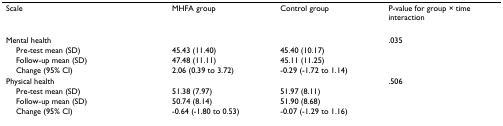
<table><thead><tr><td><b>Scale</b></td><td><b>MHFA group</b></td><td><b>Control group</b></td><td><b>P-value for group × time interaction</b></td></tr></thead><tbody><tr><td>Mental health</td><td></td><td></td><td>.035</td></tr><tr><td> Pre-test mean (SD)</td><td>45.43 (11.40)</td><td>45.40 (10.17)</td><td></td></tr><tr><td> Follow-up mean (SD)</td><td>47.48 (11.11)</td><td>45.11 (11.25)</td><td></td></tr><tr><td> Change (95% CI)</td><td>2.06 (0.39 to 3.72)</td><td>-0.29 (-1.72 to 1.14)</td><td></td></tr><tr><td>Physical health</td><td></td><td></td><td>.506</td></tr><tr><td> Pre-test mean (SD)</td><td>51.38 (7.97)</td><td>51.97 (8.11)</td><td></td></tr><tr><td> Follow-up mean (SD)</td><td>50.74 (8.14)</td><td>51.90 (8.68)</td><td></td></tr><tr><td> Change (95% CI)</td><td>-0.64 (-1.80 to 0.53)</td><td>-0.07 (-1.29 to 1.16)</td><td></td></tr></tbody></table>